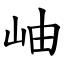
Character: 岫